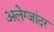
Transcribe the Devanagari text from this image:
अलेग्जांदर